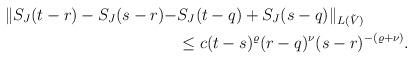
LaTeX: \begin{align*} \|S_J(t-r)-S_J(s-r)-&S_J(t-q)+S_J(s-q)\|_{L(\tilde V)} \\ & \le c (t-s)^{\varrho}(r-q)^{\nu}(s-r)^{-(\varrho+\nu)}. \end{align*}